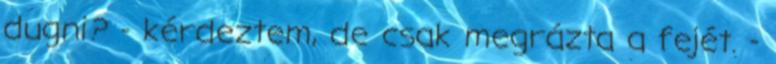
dugni? - kérdeztem, de csak megrázta a fejét. -